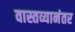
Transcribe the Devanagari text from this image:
वास्तव्यानंतर